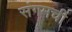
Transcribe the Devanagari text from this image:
संगमची